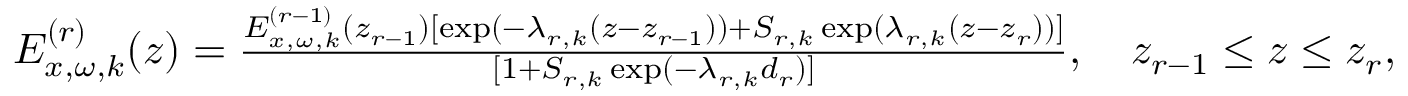
\begin{array} { r } { E _ { x , \omega , k } ^ { ( r ) } ( z ) = \frac { E _ { x , \omega , k } ^ { ( r - 1 ) } ( z _ { r - 1 } ) [ \exp ( - \lambda _ { r , k } ( z - z _ { r - 1 } ) ) + { \cal S } _ { r , k } \exp ( \lambda _ { r , k } ( z - z _ { r } ) ) ] } { [ 1 + { \cal S } _ { r , k } \exp ( - \lambda _ { r , k } d _ { r } ) ] } , \quad z _ { r - 1 } \leq z \leq z _ { r } , } \end{array}